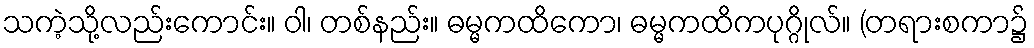
သကဲ့သို့လည်းကောင်း။ ဝါ၊ တစ်နည်း။ ဓမ္မကထိကော၊ ဓမ္မကထိကပုဂ္ဂိုလ်။ (တရားစကာ၌